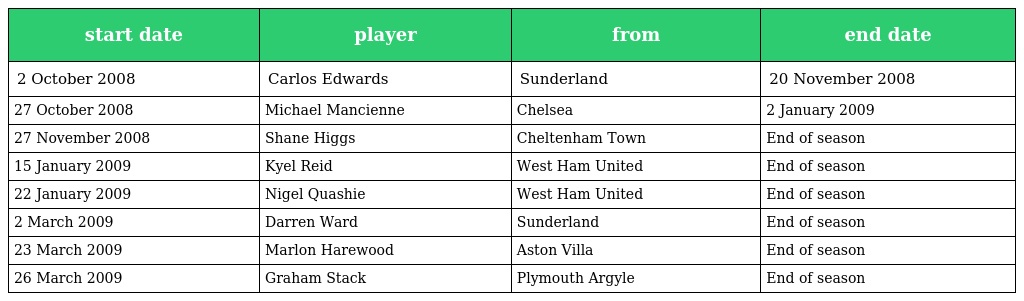
| start date | player | from | end date |
 | --- | --- | --- | --- |
 | 2 October 2008 | Carlos Edwards | Sunderland | 20 November 2008 |
 | 27 October 2008 | Michael Mancienne | Chelsea | 2 January 2009 |
 | 27 November 2008 | Shane Higgs | Cheltenham Town | End of season |
 | 15 January 2009 | Kyel Reid | West Ham United | End of season |
 | 22 January 2009 | Nigel Quashie | West Ham United | End of season |
 | 2 March 2009 | Darren Ward | Sunderland | End of season |
 | 23 March 2009 | Marlon Harewood | Aston Villa | End of season |
 | 26 March 2009 | Graham Stack | Plymouth Argyle | End of season |